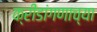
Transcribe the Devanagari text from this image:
क्रीडांगणाच्या